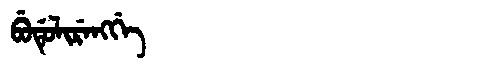
Manchu: ᠪᡠᡩᡠᠯᡳᡵᡝᠩᡤᡝ
Romanization: BUDULIRENGGE